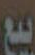
بيع